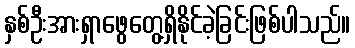
နှစ်ဦးအားရှာဖွေတွေ့ရှိနိုင်ခဲ့ခြင်းဖြစ်ပါသည်။